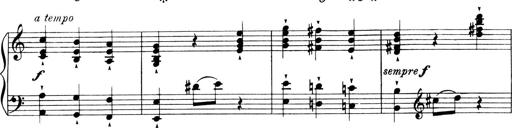
Title: 4 Sonatines
Composer: Max Reger